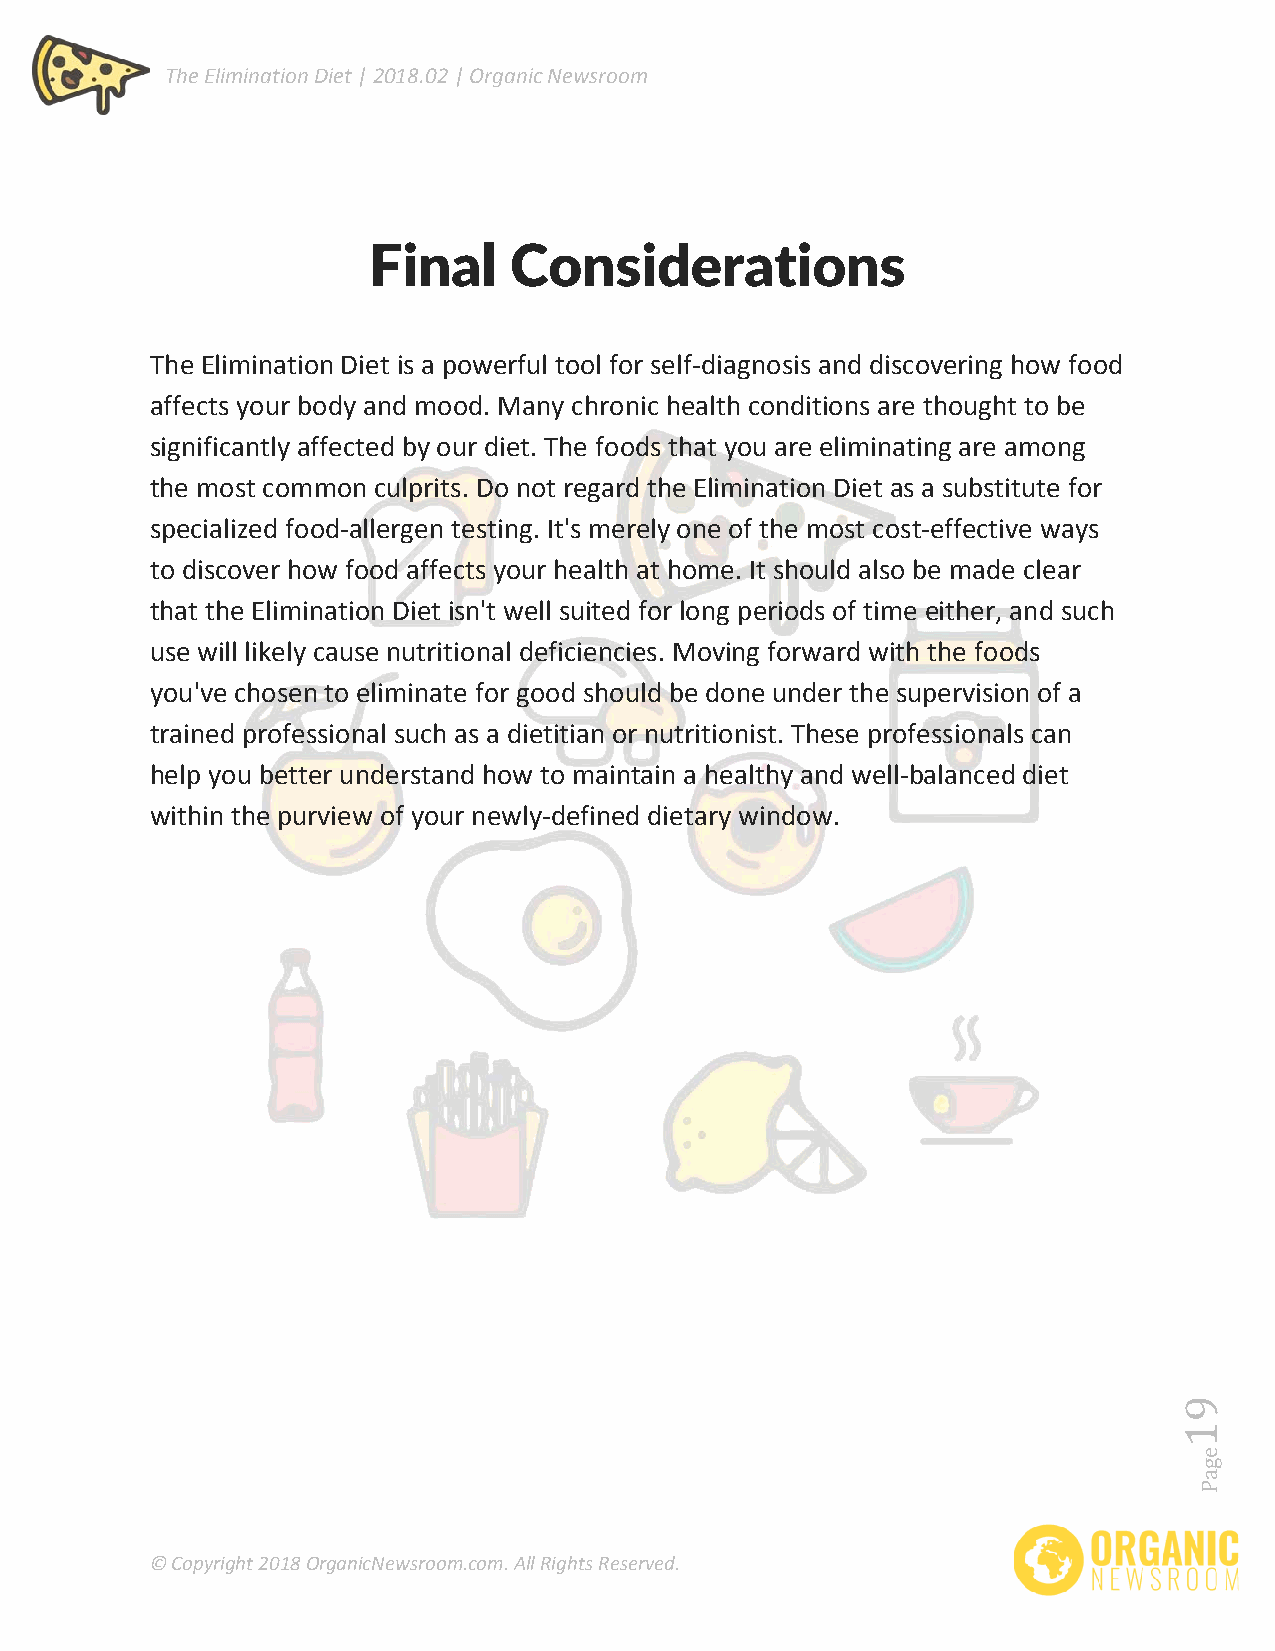
The Elimination Diet | 2018.02 | Organic Newsroom
 Final     Considerations
 The Elimination Diet is a powerful tool for self-diagnosis and discovering how food
 affects your body and mood. Many chronic health conditions are thought to be
 significantly affected by our diet. The foods that you are eliminating are among
 the most common culprits. Do not regard the Elimination Diet as a substitute for
 specialized food-allergen testing. It's merely one of the most cost-effective ways
 to discover how food affects your health at home. It should also be made clear
 that the Elimination Diet isn't well suited for long periods of time either, and such
 use will likely cause nutritional deficiencies. Moving forward with the foods
 you've chosen to eliminate for good should be done under the supervision of a
 trained professional such as a dietitian or nutritionist. These professionals can
 help you better understand how to maintain a healthy and well-balanced diet
 within the purview of your newly-defined dietary window.
 © Copyright 2018 OrganicNewsroom.com. All Rights Reserved.
 egaP
 91